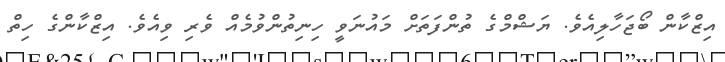
އިޒްކާން ބޯޖަހާލިއެވެ. ޔަޝްމްގެ ތުންފަތަށް މައުނަވީ ހިނިތުންވުމެއް ވެރި ވިއެވެ. އިޒްކާންގެ ހިތް